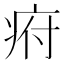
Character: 㾈